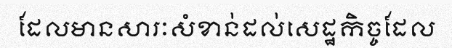
ដែលមានសារៈសំខាន់ដល់សេដ្ឋកិច្ចដែល